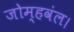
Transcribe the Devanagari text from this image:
जोम्हवंल।